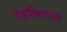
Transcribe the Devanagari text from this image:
बुडविण्याच्या